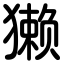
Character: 獭